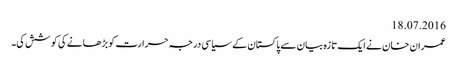
18.07.2016
عمران خان نے ایک تازہ بیان سے پاکستان کے سیاسی درجہ حرارت کو بڑھانے کی کوشش کی۔